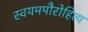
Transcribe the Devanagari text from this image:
स्वयमपौरोहित्य